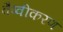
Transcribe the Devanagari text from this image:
वैष्वीकरण